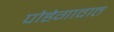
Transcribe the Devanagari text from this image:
पोहेगावात